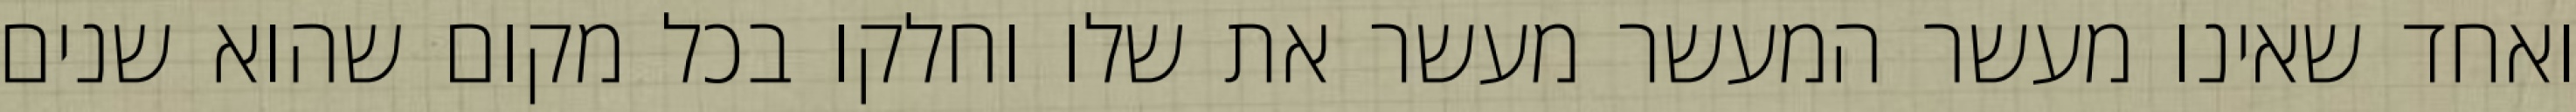
ואחד שאינו מעשר המעשר מעשר את שלו וחלקו בכל מקום שהוא שנים